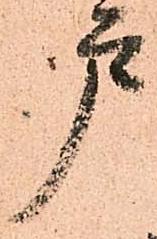
戸